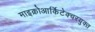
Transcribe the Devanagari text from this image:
माइक्रोआर्किटेक्चरयुक्त